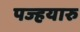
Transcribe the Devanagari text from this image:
पज्हयारु